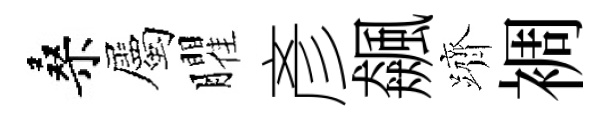
桑屬臞彥飆躋裯